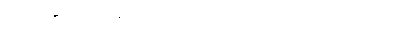
လေ့ကျင့်ရေးမပြုလုပ်နိုင်ခဲ့ဘဲ ပရီးမီးယားလိဂ်ရဲ့ ရာသီပိတ်နောက်ဆုံးပွဲစဉ်မှာ